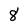
Character: 8